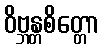
ဝိဗ္ဘန္တစိတ္တော